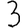
Digit: 3